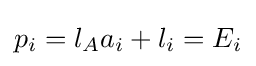
p_{i}=l_{A}a_{i}+l_{i}=E_{i}